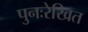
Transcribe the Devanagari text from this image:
पुनःरेखित